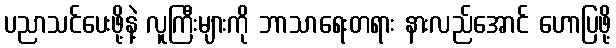
ပညာသင်ပေးဖို့နဲ့ လူကြီးများကို ဘာသာရေးတရား နားလည်အောင် ဟောပြဖို့